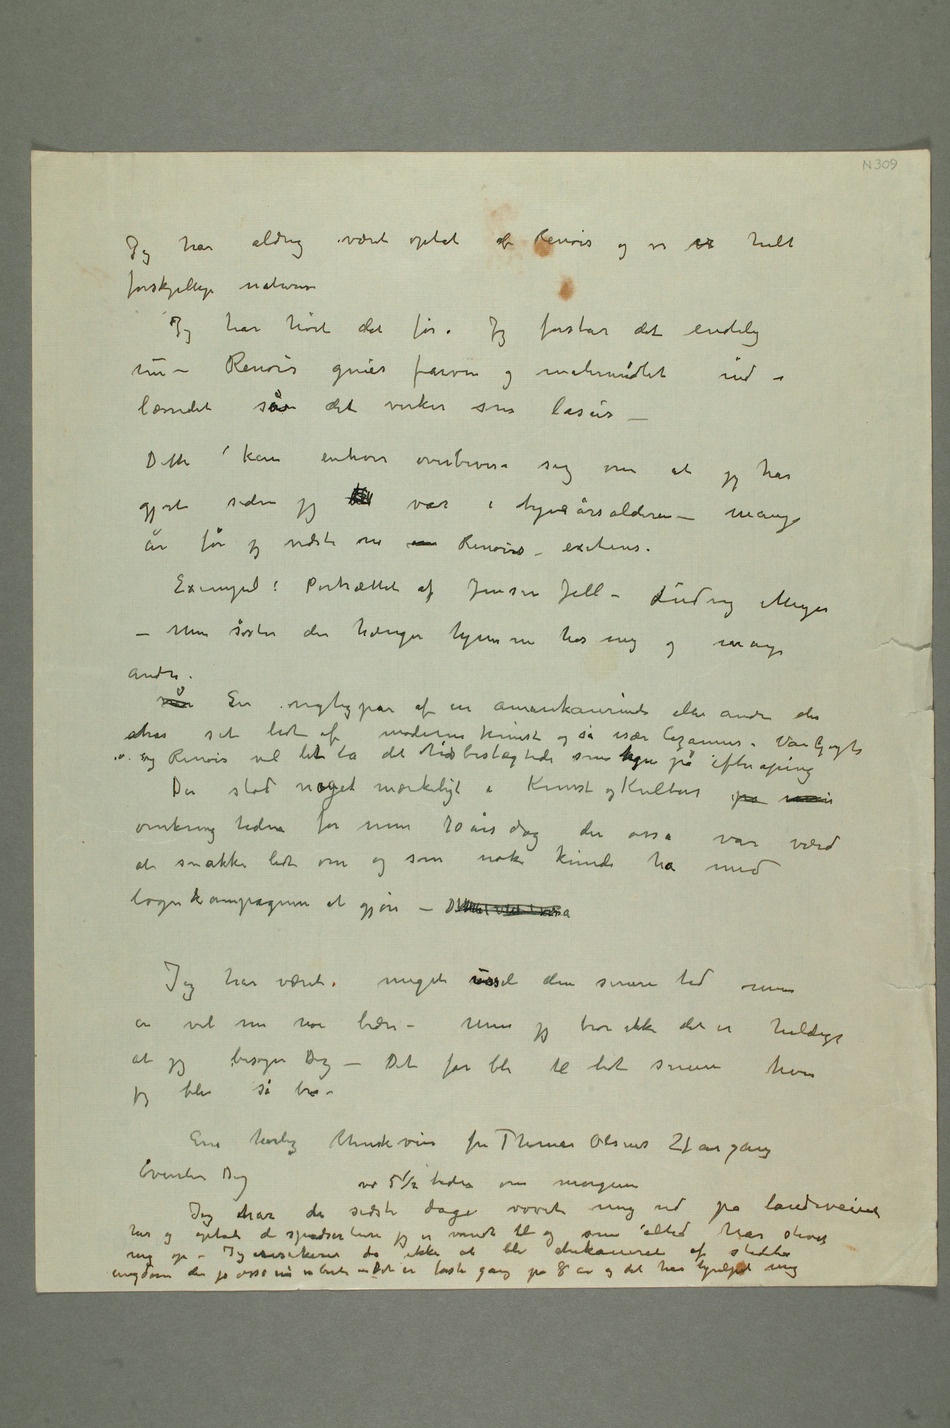
Jeg har aldrig været optat af Renoir og vi er helt
forskjellige naturer
Jeg har hørt det før. Jeg forstår det endelig
nu – Renoir gnier farven og malermidlet ind i
lærredet så det virker som lasur
– Dette kan enhver overbevise sig om at jeg har
gjort siden jeg  var i tyveårsalderen – mange
år før jeg vidste om  Renoirs existens.
Exempel: Portrattet af Jensen Jell – Ludvig Meyer –
Min søster der hænger hjemme hos
mig og mange
andre.
Når En vigtigper af an amerikanerinde eller andre der
har set lidt af moderne kunst og så især Cezannes, Van Goghs
Det stod noget merkeligt i Kunst og Kultur på min
omkring tiden for min 70 års dag der osså var værd
at snakke lidt om og som nok kunde ha med
Jeg har varet meget ussel den senere tid men
er vel nu noe bedre – Men jeg tror ikke det er heldigt
at jeg besøker Dig – Det får bli til lidt senere hvis
jeg blir så bra –
En herlig rhinskvin fra Thomas Olsen 21. årgang
venter Dig
Jeg har de sidste dage ved  5½ tiden om morgenen vovet mig
her og optat de spadserture jeg er vandt til og som altid har stivet mig
op – Jeg risikerer da ikke at bli chikaneret af stedets
ungdom der jo osså nå er borte – Det er første gang på 8 år og det har hjulpet mig